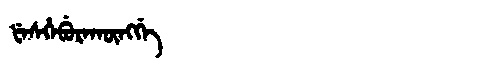
Manchu: ᡶᡝᠰᡥᡝᠪᡠᡵᠠᡴᡡᠩᡤᡝ
Romanization: FESHEBURAKŪNGGE